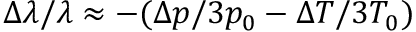
\Delta \lambda / \lambda \approx - ( \Delta p / 3 p _ { 0 } - \Delta T / 3 T _ { 0 } )